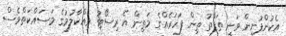
އެކުންފުނިން ވަނީ ތަފާތު ތިން ފަހަރެއްގެ މަތިން އެ ރިސޯޓު ވިއްކާލުމުގެ މަސައްކަތްވެސް